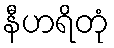
နီဟရိတုံ